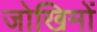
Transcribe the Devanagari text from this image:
जोखिमों